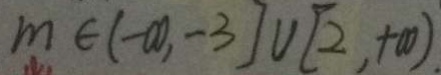
m \in ( - \infty , - 3 、 ] \cup [ 2 , + \infty ) .